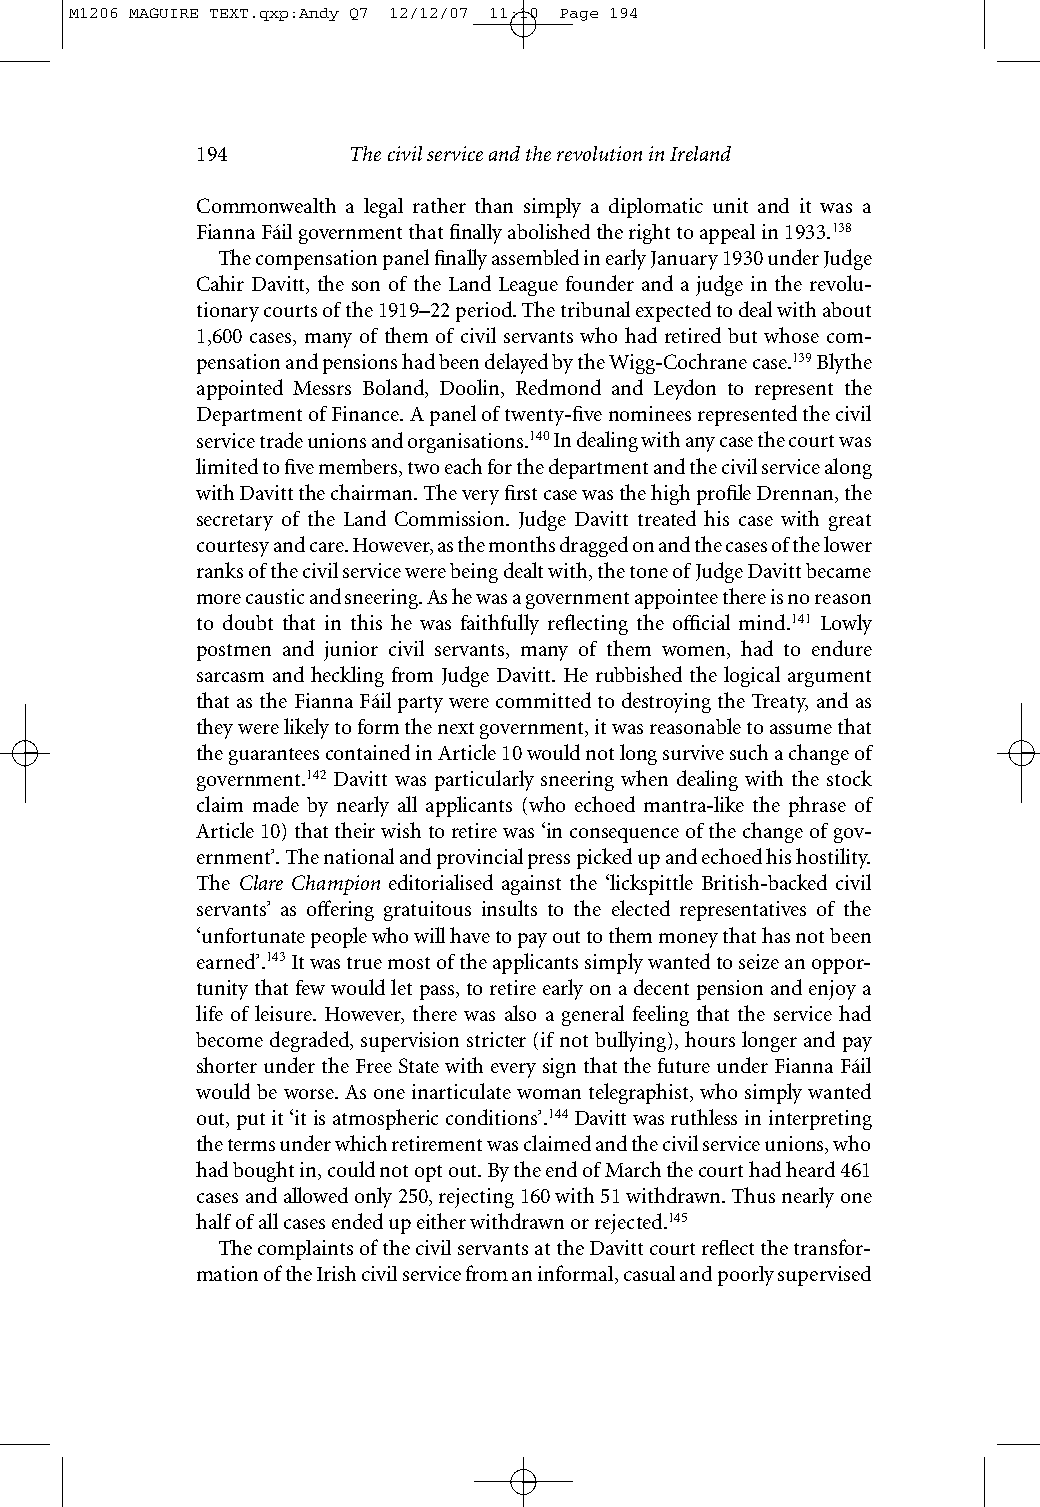
M1206 MAGUIRE TEXT.qxp:Andy Q7 12/12/07 11:10 Page 194
 194       The civil service and the revolution in Ireland
 Commonwealth a legal rather than simply a diplomatic unit and it was a
 Fianna Fáil government that finally abolished the right to appeal in 1933.138
 The compensation panel finally assembled in early January 1930 under Judge
 Cahir Davitt, the son of the Land League founder and a judge in the revolu-
 tionary courts of the 1919–22 period. The tribunal expected to deal with about
 1,600 cases, many of them of civil servants who had retired but whose com-
 pensation and pensions had been delayed by the Wigg-Cochrane case.139Blythe
 appointed Messrs Boland, Doolin, Redmond and Leydon to represent the
 Department of Finance. A panel of twenty-five nominees represented the civil
 service trade unions and organisations.140In dealing with any case the court was
 limited to five members, two each for the department and the civil service along
 with Davitt the chairman. The very first case was the high profile Drennan, the
 secretary of the Land Commission. Judge Davitt treated his case with great
 courtesy and care. However, as the months dragged on and the cases of the lower
 ranks of the civil service were being dealt with, the tone of Judge Davitt became
 more caustic and sneering. As he was a government appointee there is no reason
 to doubt that in this he was faithfully reflecting the official mind.141 Lowly
 postmen and junior civil servants, many of them women, had to endure
 sarcasm and heckling from Judge Davitt. He rubbished the logical argument
 that as the Fianna Fáil party were committed to destroying the Treaty, and as
 they were likely to form the next government, it was reasonable to assume that
 the guarantees contained in Article 10 would not long survive such a change of
 government.142 Davitt was particularly sneering when dealing with the stock
 claim made by nearly all applicants (who echoed mantra-like the phrase of
 Article 10) that their wish to retire was ‘in consequence of the change of gov-
 ernment’. The national and provincial press picked up and echoed his hostility.
 The Clare Champion editorialised against the ‘lickspittle British-backed civil
 servants’ as offering gratuitous insults to the elected representatives of the
 ‘unfortunate people who will have to pay out to them money that has not been
 earned’.143It was true most of the applicants simply wanted to seize an oppor-
 tunity that few would let pass, to retire early on a decent pension and enjoy a
 life of leisure. However, there was also a general feeling that the service had
 become degraded, supervision stricter (if not bullying), hours longer and pay
 shorter under the Free State with every sign that the future under Fianna Fáil
 would be worse. As one inarticulate woman telegraphist, who simply wanted
 out, put it ‘it is atmospheric conditions’.144Davitt was ruthless in interpreting
 the terms under which retirement was claimed and the civil service unions, who
 had bought in, could not opt out. By the end of March the court had heard 461
 cases and allowed only 250, rejecting 160 with 51 withdrawn. Thus nearly one
 half of all cases ended up either withdrawn or rejected.145
 The complaints of the civil servants at the Davitt court reflect the transfor-
 mation of the Irish civil service from an informal, casual and poorly supervised